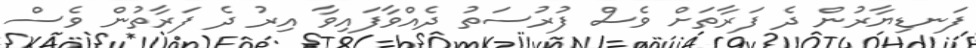
ފަނޑިޔާރުން ދެ ފަރާތަށް ވެސް ފުރުސަތު ދެއްވާފައިވާ އިރު ދެ ފަރާތުން ވެސް